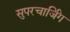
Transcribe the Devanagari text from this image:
सुपरचार्जिंग